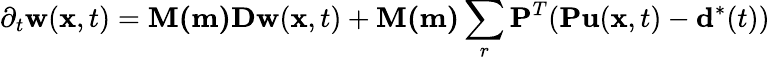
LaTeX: \partial_{t}\mathbf{w}(\mathbf{x},t)=\mathbf{M(m)}\mathbf{Dw}(\mathbf{x},t)+\mathbf{M(m)}\sum_{r}\mathbf{P}^{T}(\mathbf{Pu}(\mathbf{x},t)-\mathbf{d}^{*}(t))